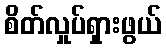
စိတ်လှုပ်ရှားဖွယ်